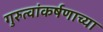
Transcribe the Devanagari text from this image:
गुरुत्वांकर्षणाच्या